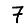
Digit: 7